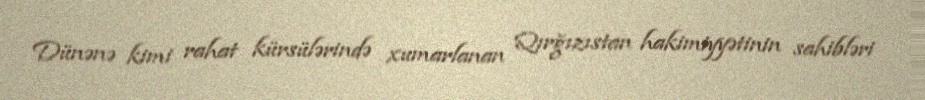
Dünənə kimi rahat kürsülərində xumarlanan Qırğızıstan hakimiyyətinin sahibləri